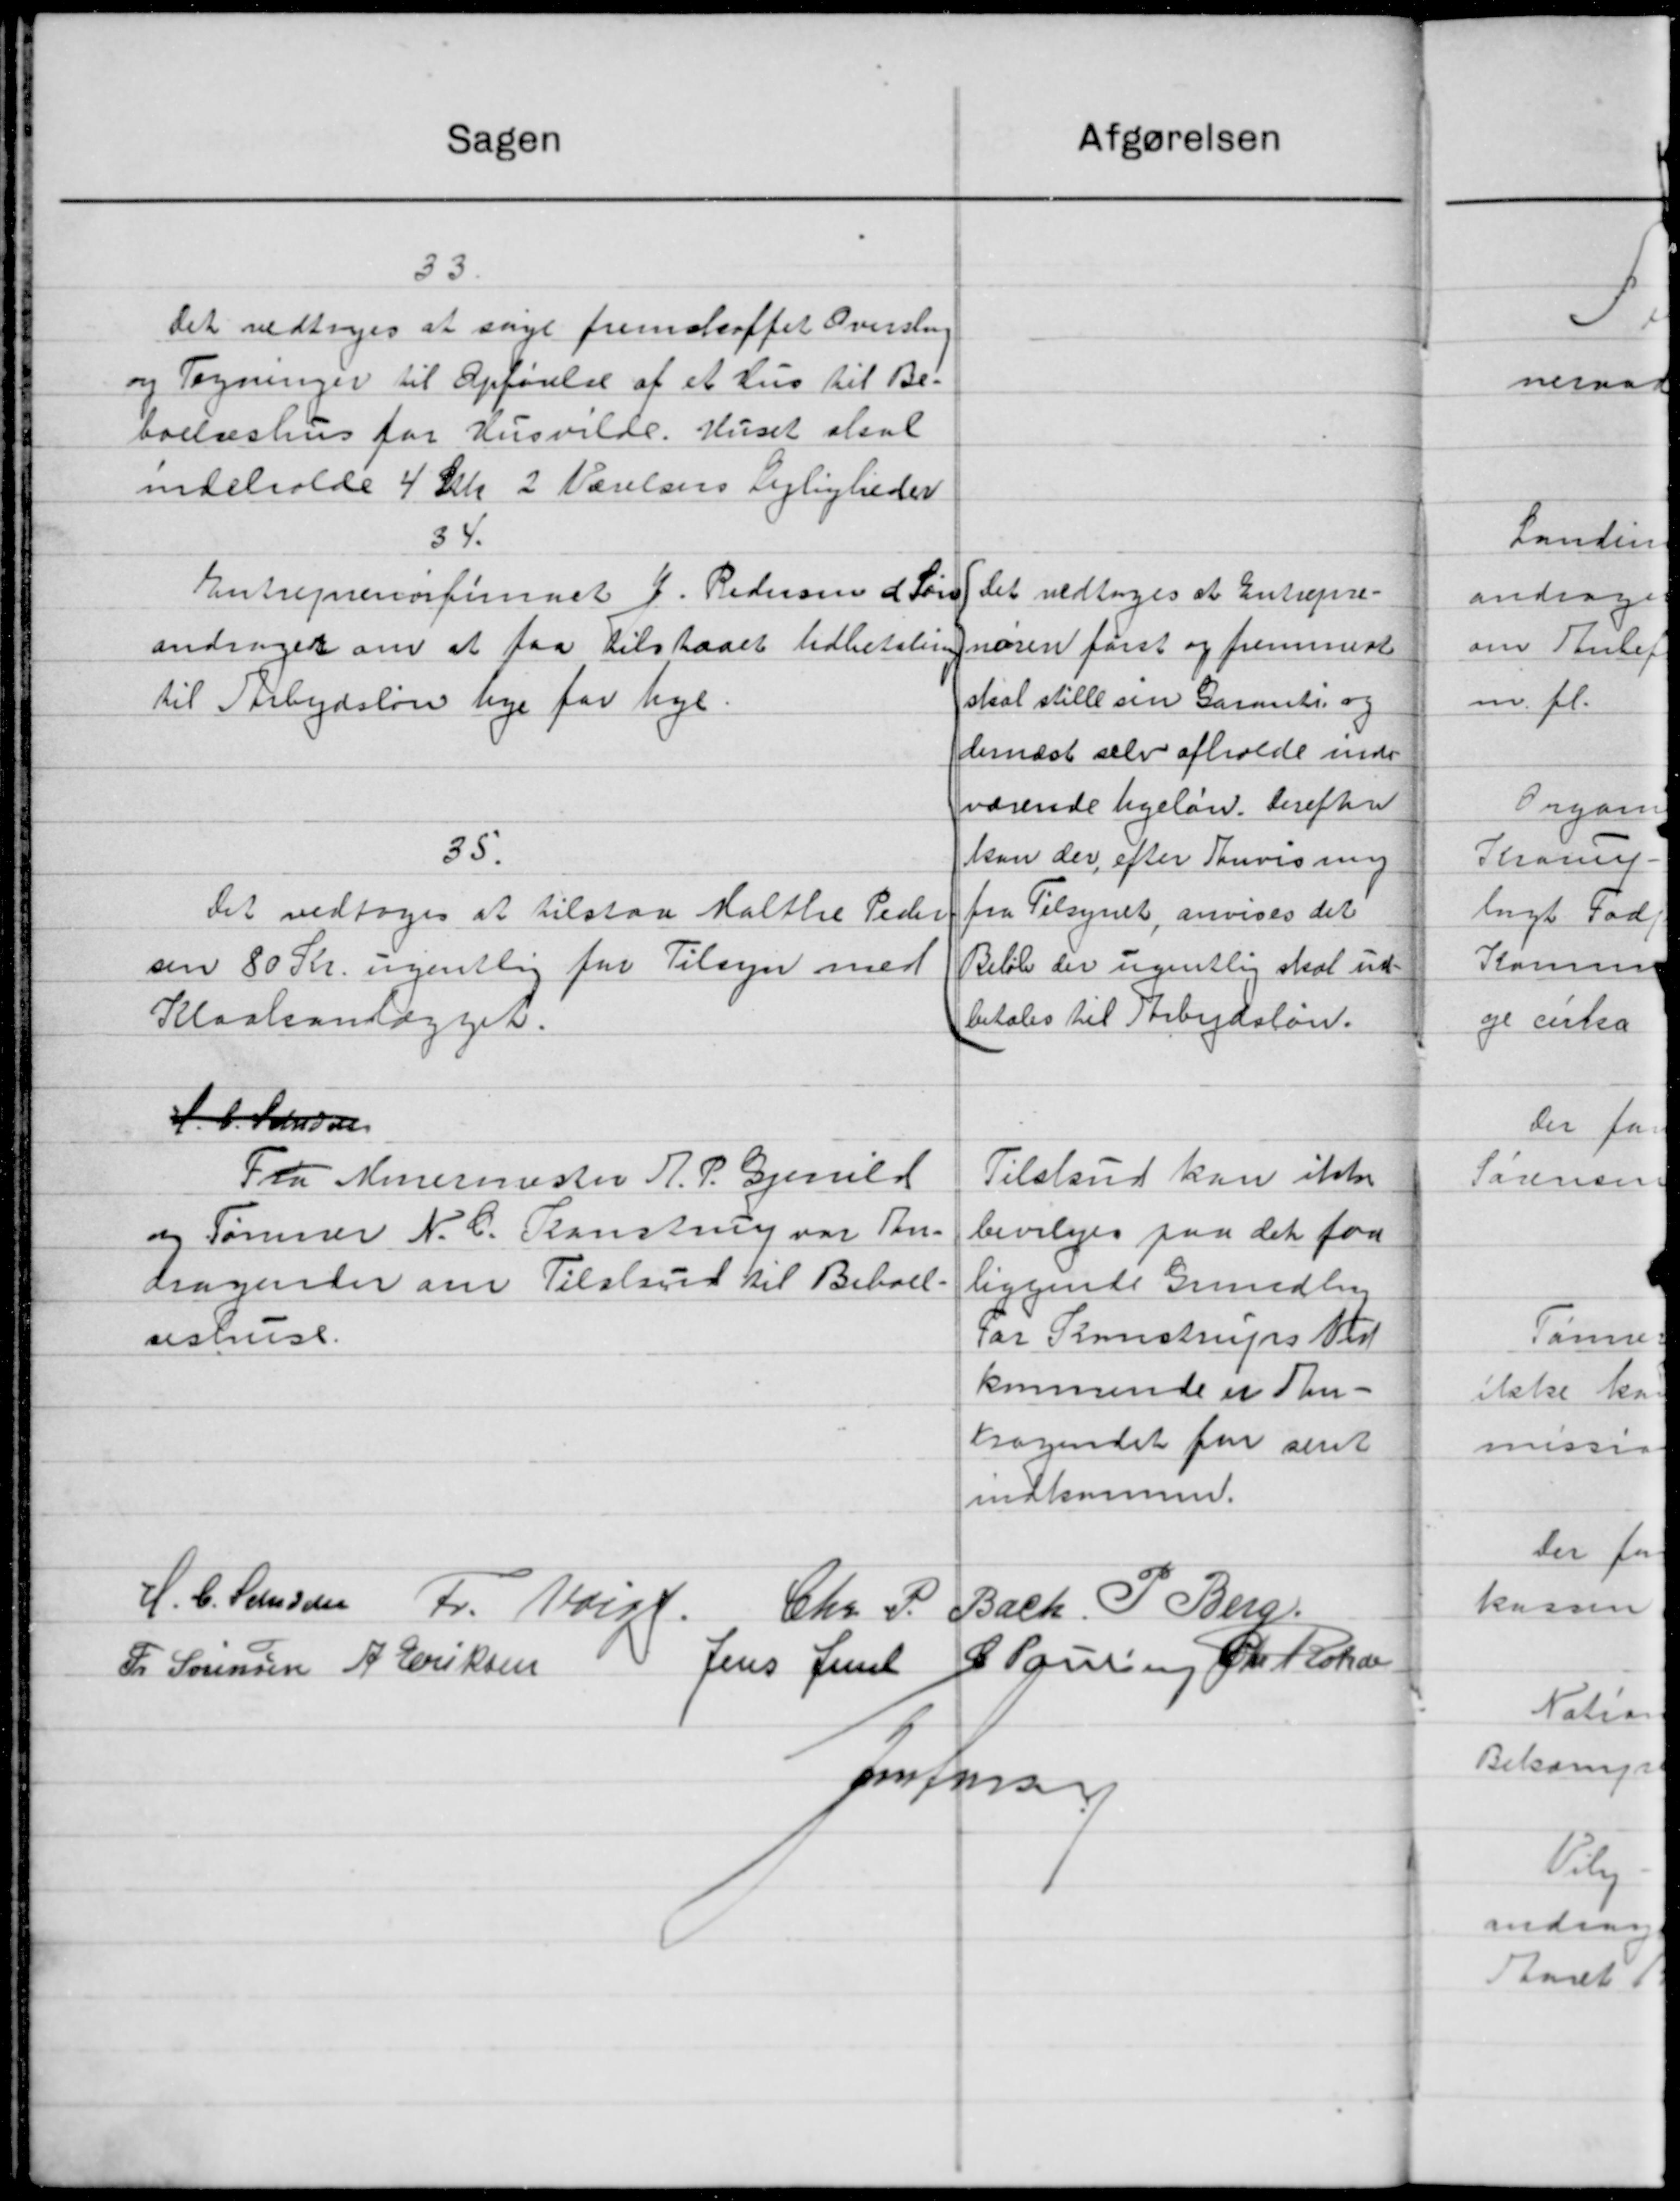
Transskription:
afgørelsen
Sagen
33.
Det vedtoges at søge fremskaffet Overslag
og Tegninger til Opførelse af et Hus til Be-
boelseshus for Husvilde. Huset aksal
indeholde 4 Stk. 2 Værelsers Lejligheder
34.
Det vedtoges at Entrepre-
Entreprenorfirmaet J. Pedersen & Søn
nøren først og fremmest
andrager om at faa tilstaaet Udbetaling
skal stille sin Garanti og
til Arbejdsløn lige for hyl.
dernæst selv afholde inde
værende ligeløn. Derefter
35.
kan der efter Tanvisning
fra Tilsynet, anvises det
Det vedtoges at tilstaa Malthe Peder
Beløb der ugentlig skal ud-
sen 80 Kr. ugentlig for Tilsyn med
betales til Arbejdsløn.
Kloakanlægget.
H. C. Landsen
Tilskud kan ikke
Fra Minermester H. P. Gjerrild
og Tømrer N. C. Ranstrup var An-
bevilges paa det faa
dragender om Tilskud til Beboel-
liggende Grundby
For Kunstrups Ved
aeshuse.
kommende et An-
dragendet for sent
indkommen.
H. C. Sandsen Fr. Vorst.
Bach. P. Berg.
Chr. P.
Fr Sørensen A. Eriksen Jens Juul S. Lauring Chr. Fisker
per Jensen